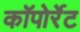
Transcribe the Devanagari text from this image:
कॉपोर्रेट